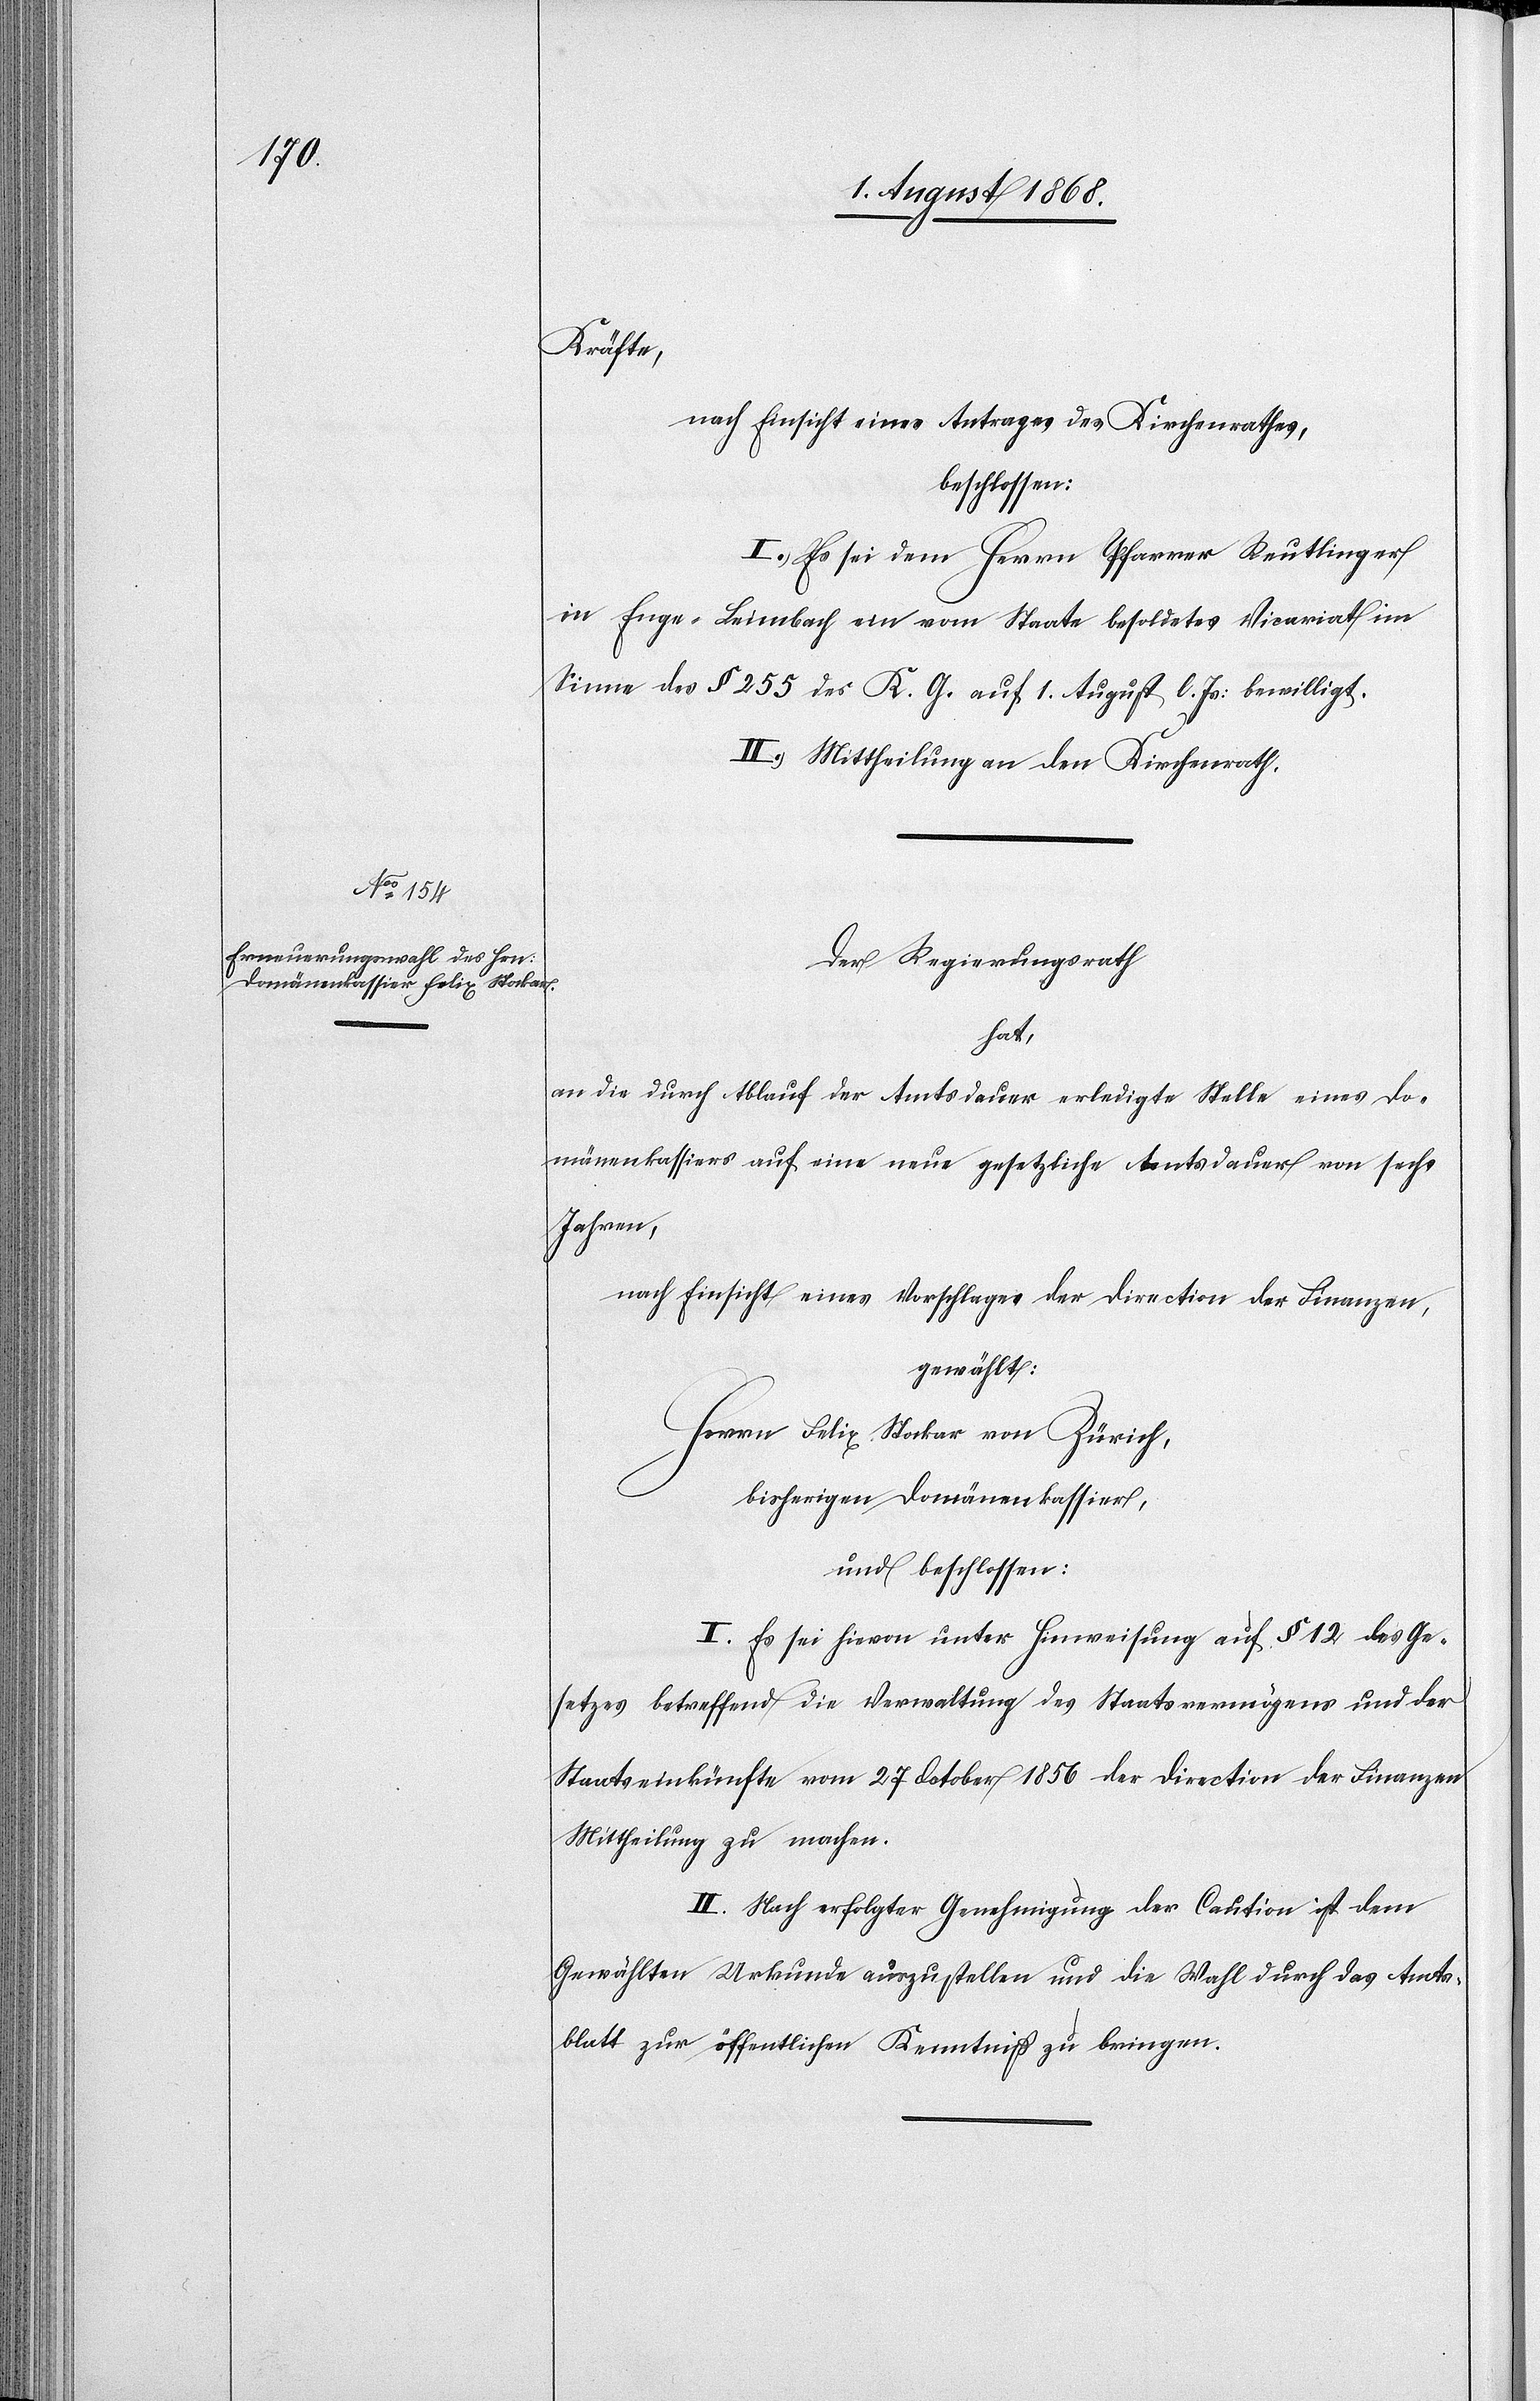
Kräfte,
nach Einsicht eines Antrages des Kirchenrathes,
beschlossen:
I.) Es sei dem Herrn Pfarrer Reutlinger
in Enge - Leimbach ein vom Staate besoldetes Vicariat im
Sinne des § 255 des K. G. auf 1. August l. Js: bewilligt.
II.) Mittheilung an den Kirchenrath.
Der Regierungsrath
hat,
an die durch Ablauf der Amtsdauer erledigte Stelle eines Do¬
mänenkassiers auf eine neue gesetzliche Amtsdauer von sechs
Jahren,
nach Einsicht eines Vorschlages der Direction der Finanzen,
gewählt:
Herrn Felix Stockar von Zürich,
bisherigen Domänenkassier,
und beschlossen:
I. Es sei hievon unter Hinweisung auf § 12 des Ge¬
setzes betreffend die Verwaltung des Staatsvermögens und der
Staatseinkünfte vom 27 October 1856 der Direction der Finanzen
Mittheilung zu machen.
II. Nach erfolgter Genehmigung der Caution ist dem
Gewählten Urkunde auszustellen und die Wahl durch das Amts¬
blatt zur öffentlichen Kenntniß zu bringen.